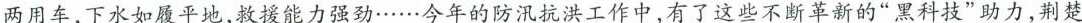
两用车，下水如履平地，救援能力强。……今年的防汛抗洪工作中，有了这些不断革新的”黑科技”助力，荆楚